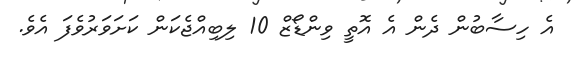
އެ ހިސާބުން ދެން އެ އޮތީ ވިންޑޯޒް 10 ލިބިއްޖެކަން ކަށަވަރުވެފަ އެވެ.